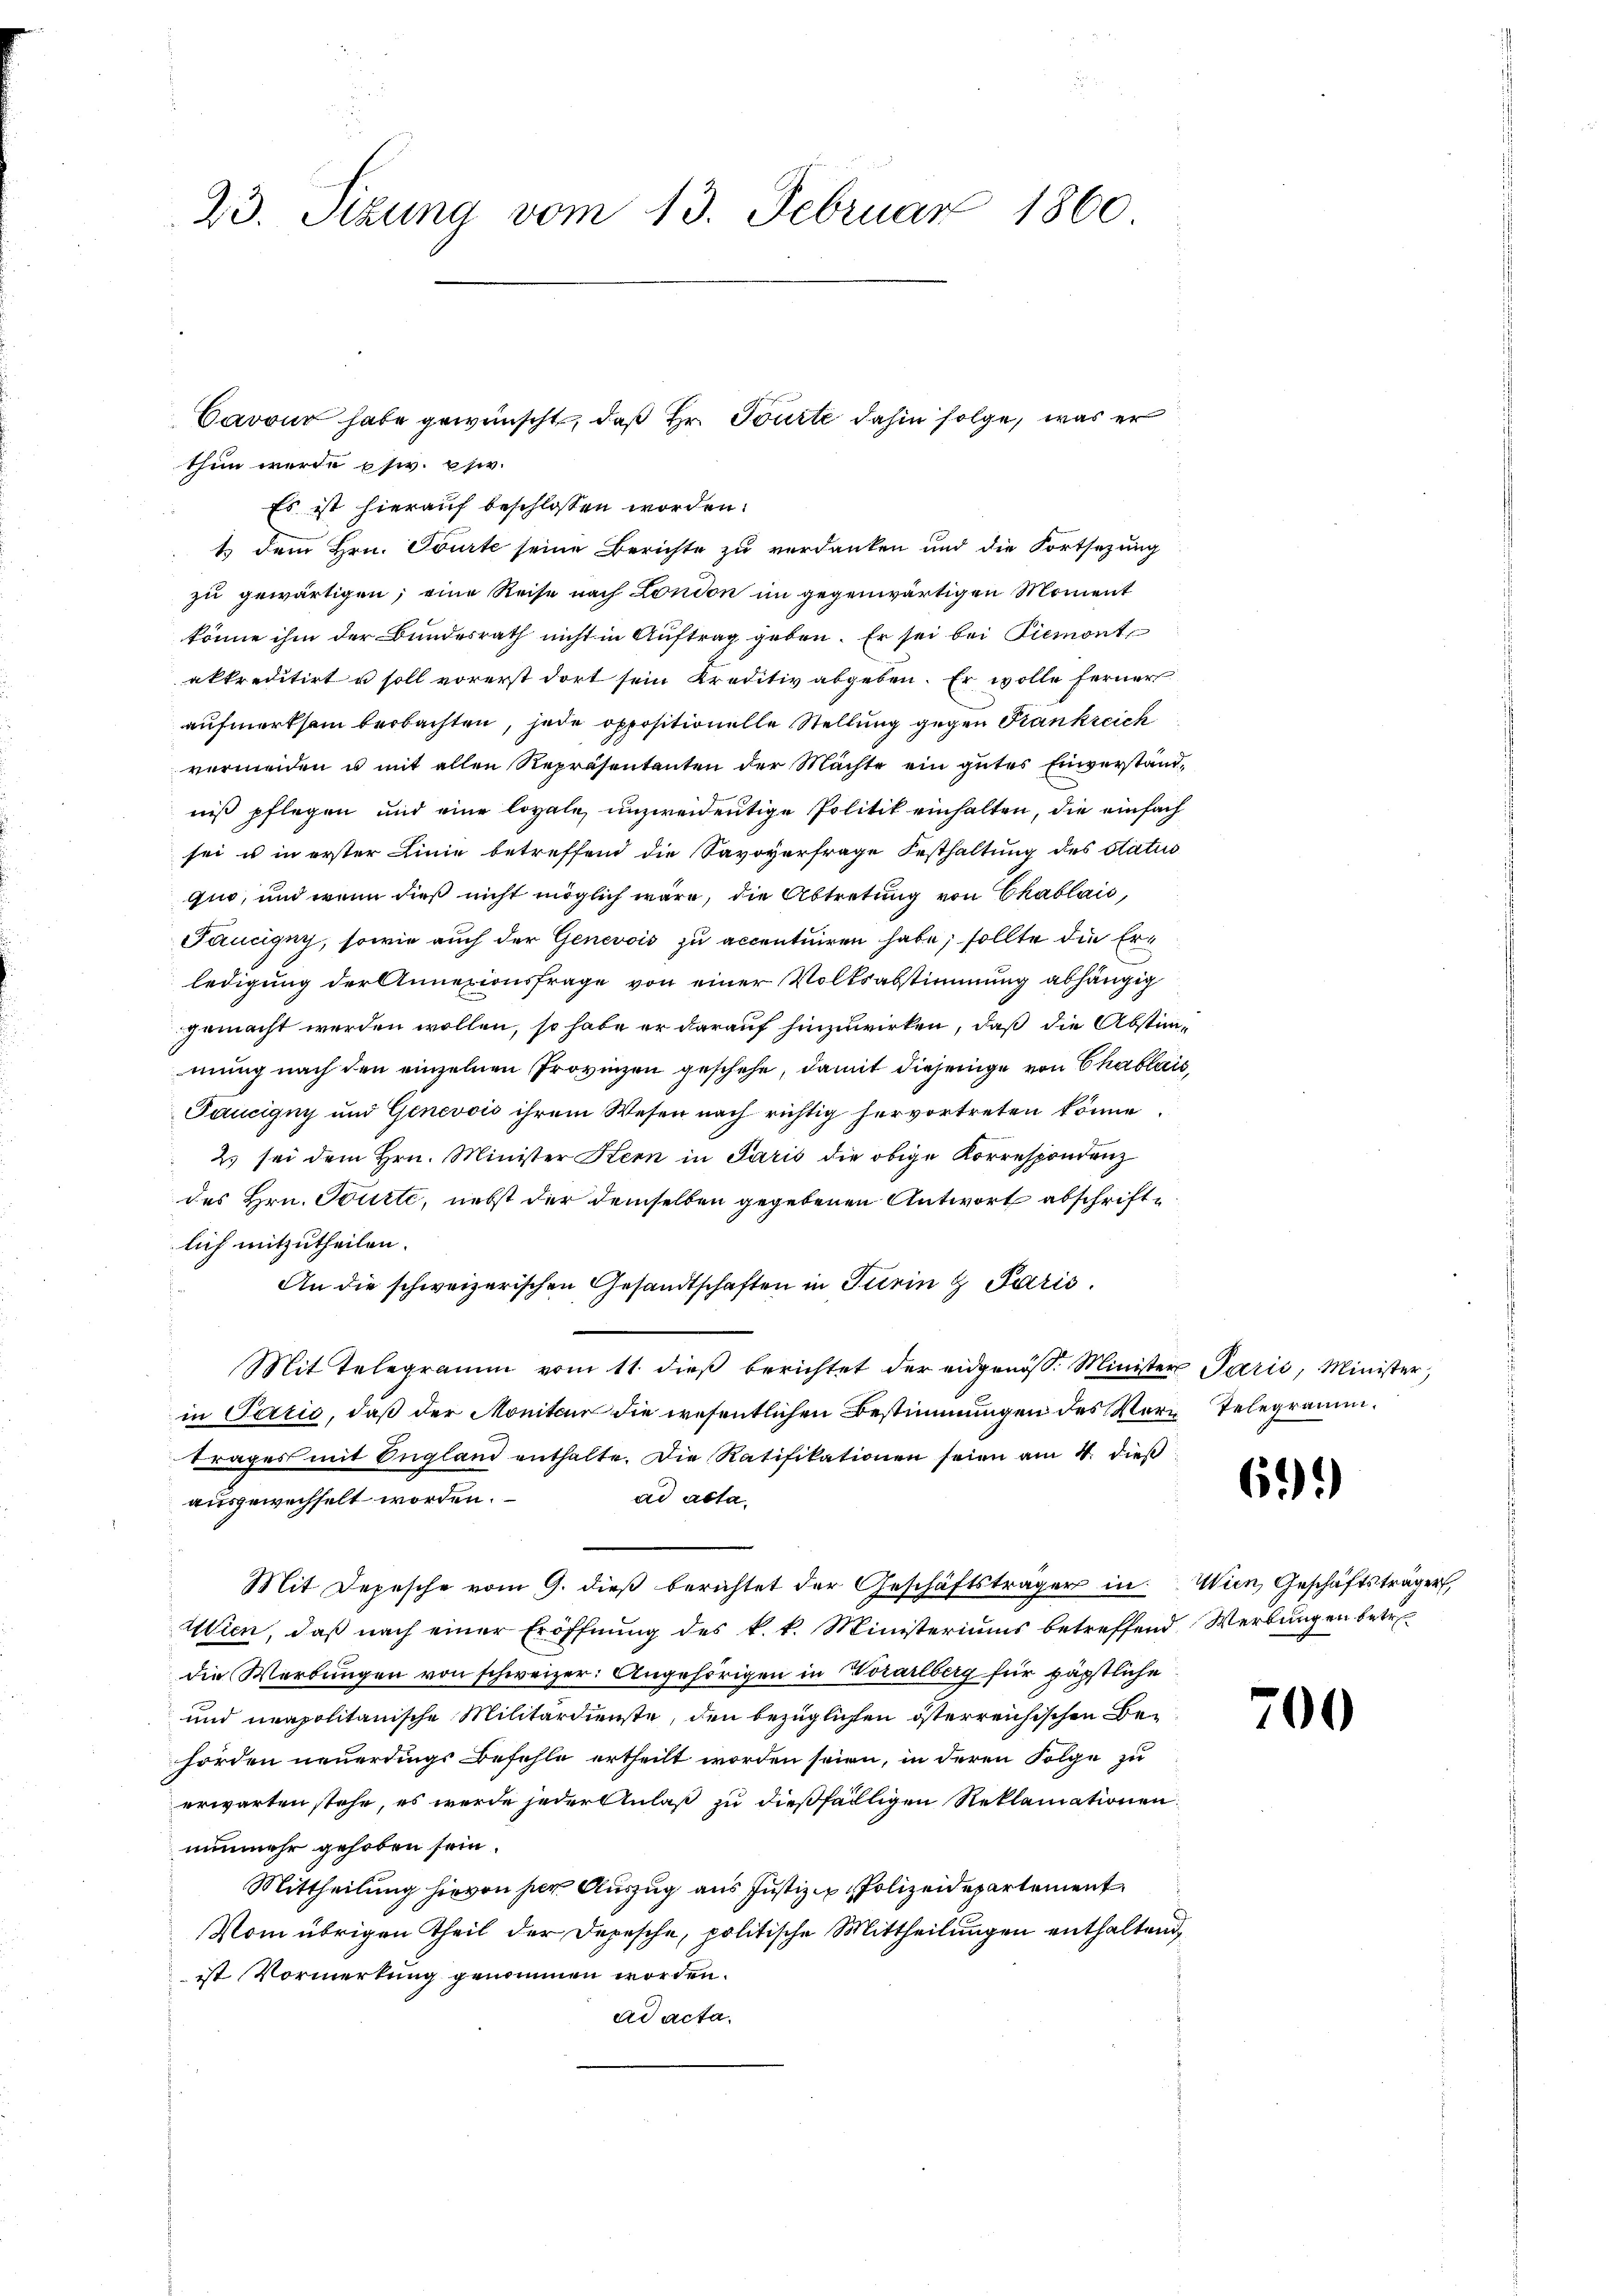
23. Sizung vom 13. Februar 1860

Cavour habe gewünscht, daß Hr. Tourte dahin folge, was er
thin werde esiv. i.

Es ist hierauf beschlossen worden.
1.) Dem Hrn. Tourte seine Berichte zu verdanken und die Fortsetzung
zu gewärtigen; eine Reise nach London im gegenwärtigen Moment
könne ihm der Bundesrath nicht in Auftrag geben. Er sei bei Piemont,
akkreditirt u soll vorerst dort sein Kreditiv abgeben. Er wolle ferner
aufmerksam beobachten, jede oppositionelle Stellung gegen Frankreich
vermeiden u mit allen Repräsentanten der Machte ein gutes Einverständniß pflegen und eine loyale unzweidentige Politik einhalten, die einfach
sei u in erster Linie betreffend die Savoyerfrage Festhaltung des Status
quo, und wenn dieß nicht möglich wäre, die Abtretung von Chablais,
Paucigny, sowie auch der Genevois zu accentuiren habe, sollte die Erledigung der Annexionsfrage von einer Volksabstimmung abhängig
gemacht werden wollen, so habe er darauf hinzuwirken, daß die Abstim-
mung nach den einzelnen Provinzen geschehe, damit diejenige von Chablais,
Taucigny und Genevois ihrem Wesen nach richtig hervortreten könne
2. sei dem Hrn. Minister Kern in Paris die obige Korrespondenz
des Hrn. Tourte, nebst der demselben gegebenen Antwort abschriftlich mitzutheilen.
An die schweizerischen Gesandtschaften in Turin & Paris.
Mit Telegramm vom 11. dieß berichtet der eidgenöss. Minister Paris, Minister,
in Parzić, daß der Moniteur die wesentlichen Bestimmungen des Vor Telegramm.
trages mit England enthalte. Die Ratifikationen seien am 4. dieβ
ad acta.
ausgewechselt worden.
Mit Depesche vom 9. dieß berichtet der Geschäftsträger in
Wien, daß nach einer Eröffnung des k. k. Ministeriums betreffend Werbungen betr.
die Werbungen von schweizer: Angehörigen in Vorarlberg für päpstliche
und neapolitanische Militärdienste, den bezüglichen österreichischen Behorden neuerdings Befehle ertheilt worden seien, in deren Folge zu
erwarten stehe, es werde jeder Anlaß zu dießfälligen Reklamationen
nunmehr gehoben sein.
Mittheilung hievon her Auszug aus Justiz & Polizeidepartement
Vom übrigen Theil der Depesche, politische Mittheilungen enthaltend,
ist Vormerkung genommen worden.
ad acta.

6)1)

Wien Geschäftsträger

700